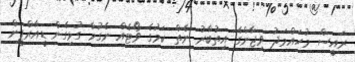
ރައީސް މުހައްމަދު ވިޖާންގެ އިތުބާރު ނެތް ކަމުގެ ވޯޓެއް ނެގުމާ ގުޅިގެން ޑީއާރްޕީން